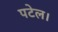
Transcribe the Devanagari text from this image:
पटेल।